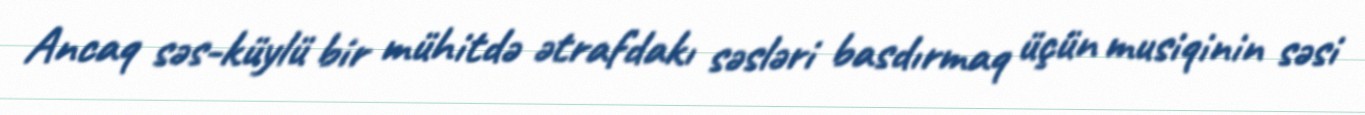
Ancaq səs-küylü bir mühitdə ətrafdakı səsləri basdırmaq üçün musiqinin səsi